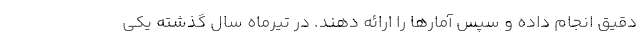
دقیق انجام داده و سپس آمارها را ارائه دهند. در تیرماه سال گذشته یکی